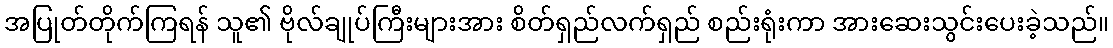
အပြုတ်တိုက်ကြရန် သူ၏ ဗိုလ်ချုပ်ကြီးများအား စိတ်ရှည်လက်ရှည် စည်းရုံးကာ အားဆေးသွင်းပေးခဲ့သည်။